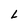
Character: L